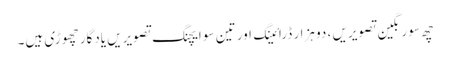
چھ سو رنگین تصویریں ، دو ہزار ڈرائینگ اور تین سو ایچنگ تصویریں یادگار چھوڑی ہیں۔